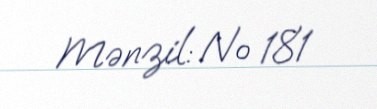
Mənzil: № 181